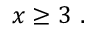
~ x \geq 3 ~ .